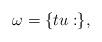
LaTeX: \begin{align*} \,\omega = \{tu:\},\end{align*}